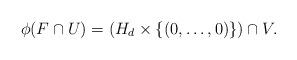
LaTeX: \begin{align*}\phi(F \cap U) = (H_d \times \{(0,\dots,0)\}) \cap V.\end{align*}